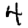
Digit: 4